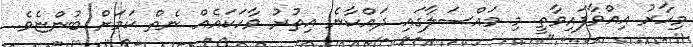
މިހާރު އިއްވާފައިވާތީ މި މައްސަލާގައި ދައްކާނެ އިތުރު ވާހަކައެއް ނެތް ކަމަށް ބުންޏެވެ.